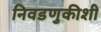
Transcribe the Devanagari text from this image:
निवडणुकीशी